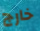
خارج